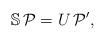
LaTeX: \begin{align*} \mathbb S \, \mathcal P = U \, \mathcal P^{\prime},\end{align*}